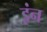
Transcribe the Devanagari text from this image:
इंन